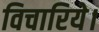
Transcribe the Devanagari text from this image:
विचारिये।